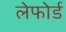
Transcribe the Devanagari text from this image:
लेफोर्ड